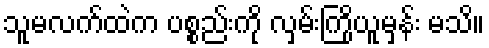
သူမလက်ထဲက ပစ္စည်းကို လှမ်းကြိုယူမှန်း မသိ။